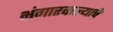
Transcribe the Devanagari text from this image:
भंगारवाल्याचे